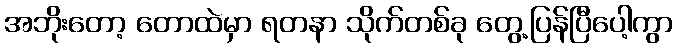
အဘိုးတော့ တောထဲမှာ ရတနာ သိုက်တစ်ခု တွေ့ပြန်ပြီပေါ့ကွာ